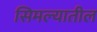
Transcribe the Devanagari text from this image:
सिमल्यातील